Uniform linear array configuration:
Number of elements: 24
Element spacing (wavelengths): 1
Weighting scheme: uniform
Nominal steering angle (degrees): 0
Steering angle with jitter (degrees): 1.254
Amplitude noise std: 0.05
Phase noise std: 0.05

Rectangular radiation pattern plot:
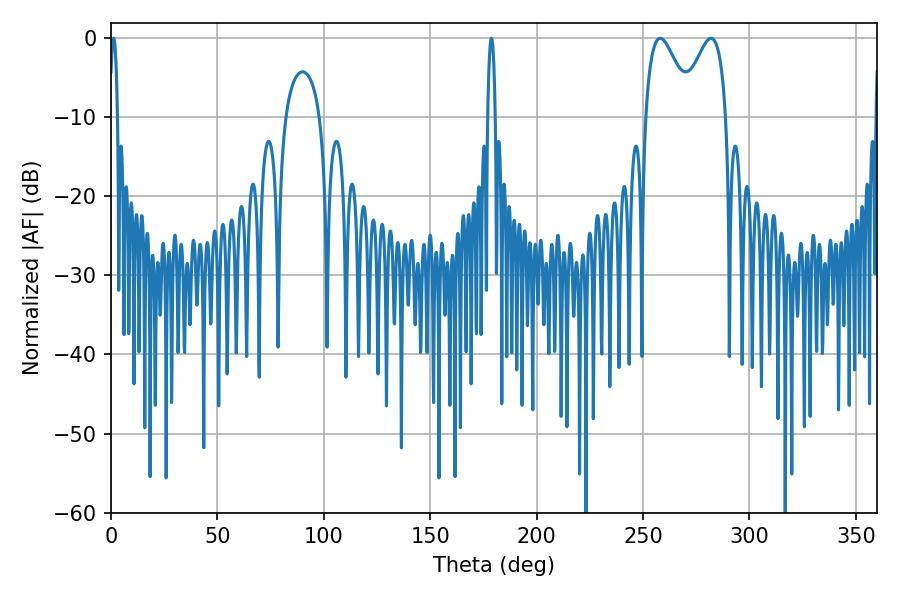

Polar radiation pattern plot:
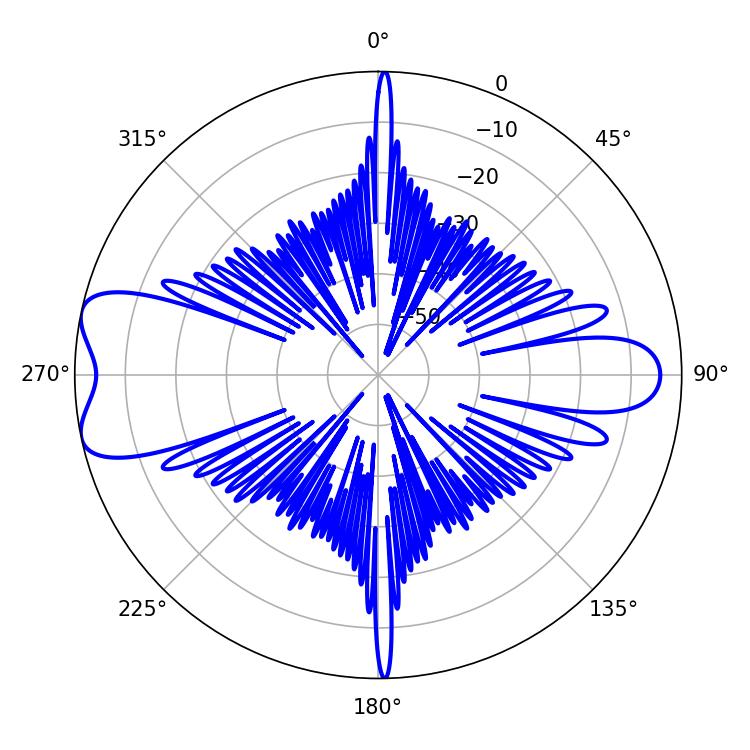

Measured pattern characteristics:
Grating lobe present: TRUE
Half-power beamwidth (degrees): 11.52
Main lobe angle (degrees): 258.12